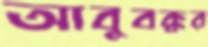
আবুবক্কর